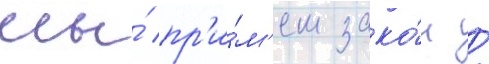
мы́ пр'и́м'ем зако́н /